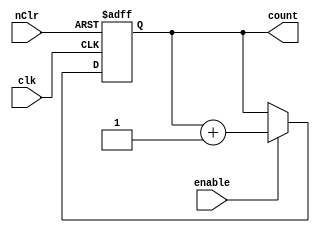
module counter(clk, nClr, enable, count);

	input clk, nClr, enable;
	parameter n=4; //n-bit counter
	output reg [n-1:0]count;

	always@(posedge clk, negedge nClr)
		begin

			if (~nClr)
				count=0;	
				
			else if (enable) 
				count=count+1;

		end
				
endmodule